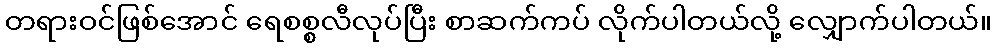
တရားဝင်ဖြစ်အောင် ရေစစ္စလီလုပ်ပြီး စာဆက်ကပ် လိုက်ပါတယ်လို့ လျှောက်ပါတယ်။